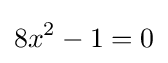
8x^{2}-1=0